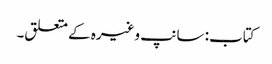
کتاب: سانپ وغیرہ کے متعلق۔